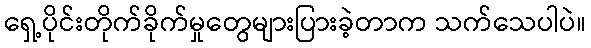
ရှေ့ပိုင်းတိုက်ခိုက်မှုတွေများပြားခဲ့တာက သက်သေပါပဲ။